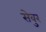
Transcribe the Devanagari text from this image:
सेवुर